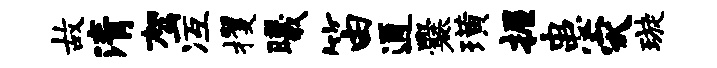
故清驾冱攫曦笛通爨璜握患灾璇